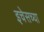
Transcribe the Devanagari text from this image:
इचेसच्या